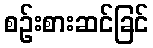
စဉ်းစားဆင်ခြင်